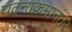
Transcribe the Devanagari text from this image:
घटनाक्रमानंतर